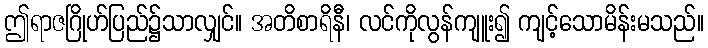
ဤရာဇဂြိုဟ်ပြည်၌သာလျှင်။ အတိစာရိနီ၊ လင်ကိုလွန်ကျူး၍ ကျင့်သောမိန်းမသည်။